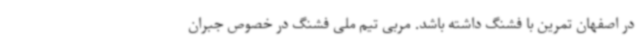
در اصفهان تمرین با فشنگ داشته باشد. مربی تیم ملی فشنگ در خصوص جبران